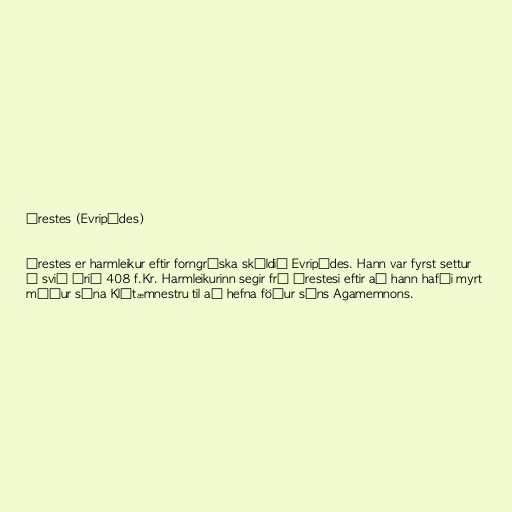
Órestes (Evripídes)

Órestes er harmleikur eftir forngríska skáldið Evripídes. Hann var fyrst settur
á svið árið 408 f.Kr. Harmleikurinn segir frá Órestesi eftir að hann hafði myrt
móður sína Klýtæmnestru til að hefna föður síns Agamemnons.